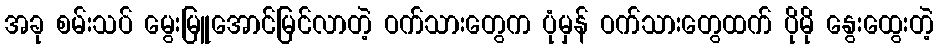
အခု စမ်းသပ် မွေးမြူအောင်မြင်လာတဲ့ ဝက်သားတွေက ပုံမှန် ဝက်သားတွေထက် ပိုမို နွေးထွေးတဲ့